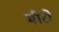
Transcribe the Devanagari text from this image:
मीरों